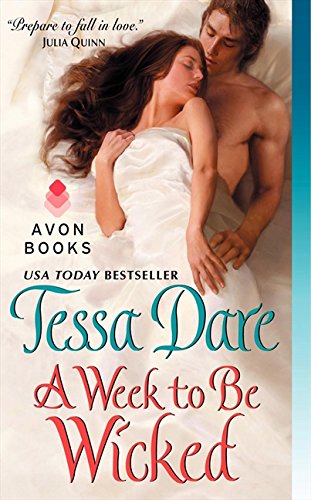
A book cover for A Week to Be Wicked (Spindle Cove); Tessa Dare; Romance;